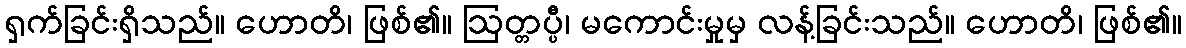
ရှက်ခြင်းရှိသည်။ ဟောတိ၊ ဖြစ်၏။ ဩတ္တပ္ပီ၊ မကောင်းမှုမှ လန့်ခြင်းသည်။ ဟောတိ၊ ဖြစ်၏။